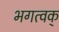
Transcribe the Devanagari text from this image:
भगत्वक्